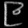
Digit: ၉